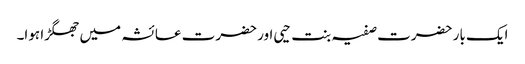
ایک بار حضرت صفیہ بنت حیی اور حضرت عائشہ میں جھگڑا ہوا۔